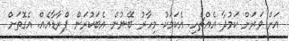
އަށް ވަރަށް ކަމުދާ އެއްޗެހި. އެކަމަކު މިހާރު ބޭނުން އެބަކުރަން ޕްރާޑާއެއް. އެގޮތަށް